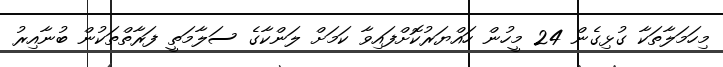
މިހަމަލާތަކާ ގުޅިގެން 24 މީހުން ހައްޔަރުކޮށްފައިވާ ކަމަށް ލަންކާގެ ސަލާމަތީ ފަރާތްތަކުން ބުނާއިރު